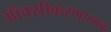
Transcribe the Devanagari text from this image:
ऑक्सीकरणात्मक